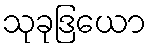
သုခုဒြယော